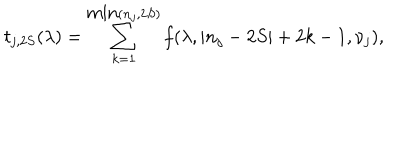
t _ { j , 2 S } ( \lambda ) = \sum _ { k = 1 } ^ { \mathrm { m i n } ( n _ { j } , 2 S ) } f ( \lambda , | n _ { j } - 2 S | + 2 k - 1 , \nu _ { j } ) ,